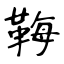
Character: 𩊱